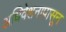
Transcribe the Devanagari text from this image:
अधिवेशनापासून